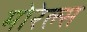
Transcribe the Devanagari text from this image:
मोरेल्स